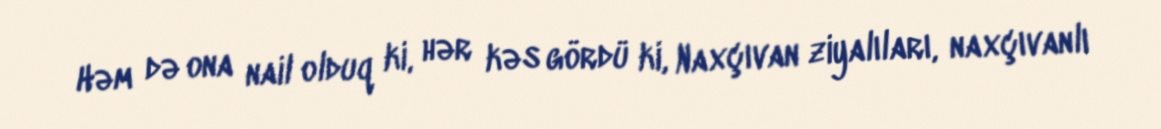
Həm də ona nail olduq ki, hər kəs gördü ki, Naxçıvan ziyalıları, naxçıvanlı